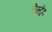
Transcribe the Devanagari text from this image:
रीस्ट्रेंट